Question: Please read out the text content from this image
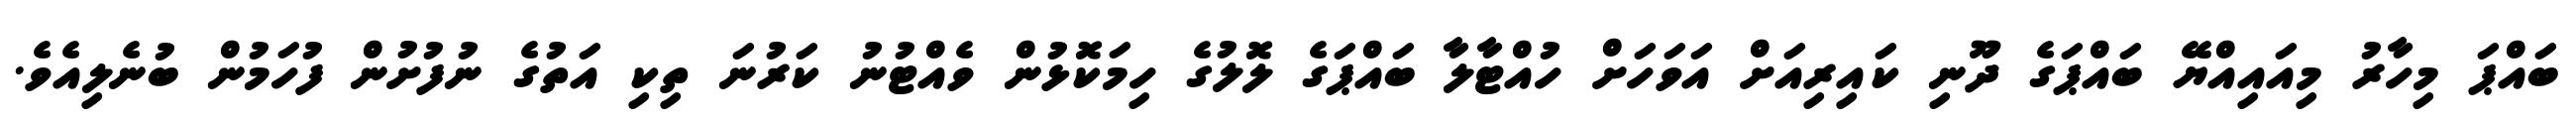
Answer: ބައްޕަ މިހާރު މިއައިއްޔޭ ބައްޕަގެ ދޫނި ކައިރިއަށް އަވަހަށް ހުއްޓާލާ ބައްޕަގެ ލޮލުގެ ހިމަކޮޅުން ވެއްޓުނު ކަރުނަ ތިކި އަތުގެ ނުފުށުން ފުހަމުން ބުނެލިއެވެ.